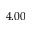
4 . 0 0